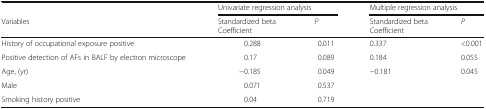
|  | <COLSPAN=2> Univariate regression analysis | <COLSPAN=2> Multiple regression analysis |
 | Variables | Standardized betaCoefficient | P | Standardized betaCoefficient | P |
 | --- | --- | --- | --- | --- |
 | History of occupational exposure positive | 0.288 | 0.011 | 0.337 | <0.001 |
 | Positive detection of AFs in BALF by electron microscope | 0.17 | 0.089 | 0.184 | 0.055 |
 | Age, (yr) | −0.185 | 0.049 | −0.181 | 0.045 |
 | Male | 0.071 | 0.537 |  |  |
 | Smoking history positive | 0.04 | 0.719 |  |  |